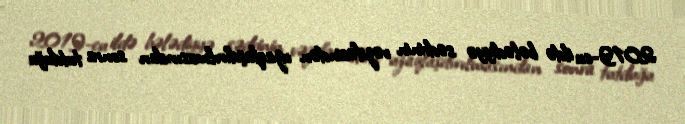
2019-cu ildə bələdiyyə sədrinin vəzifəsindən uzaqlaşdırılmasından sonra tutduğu